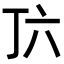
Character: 𬻅